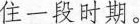
住一段时期。